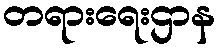
တရားရေးဌာန